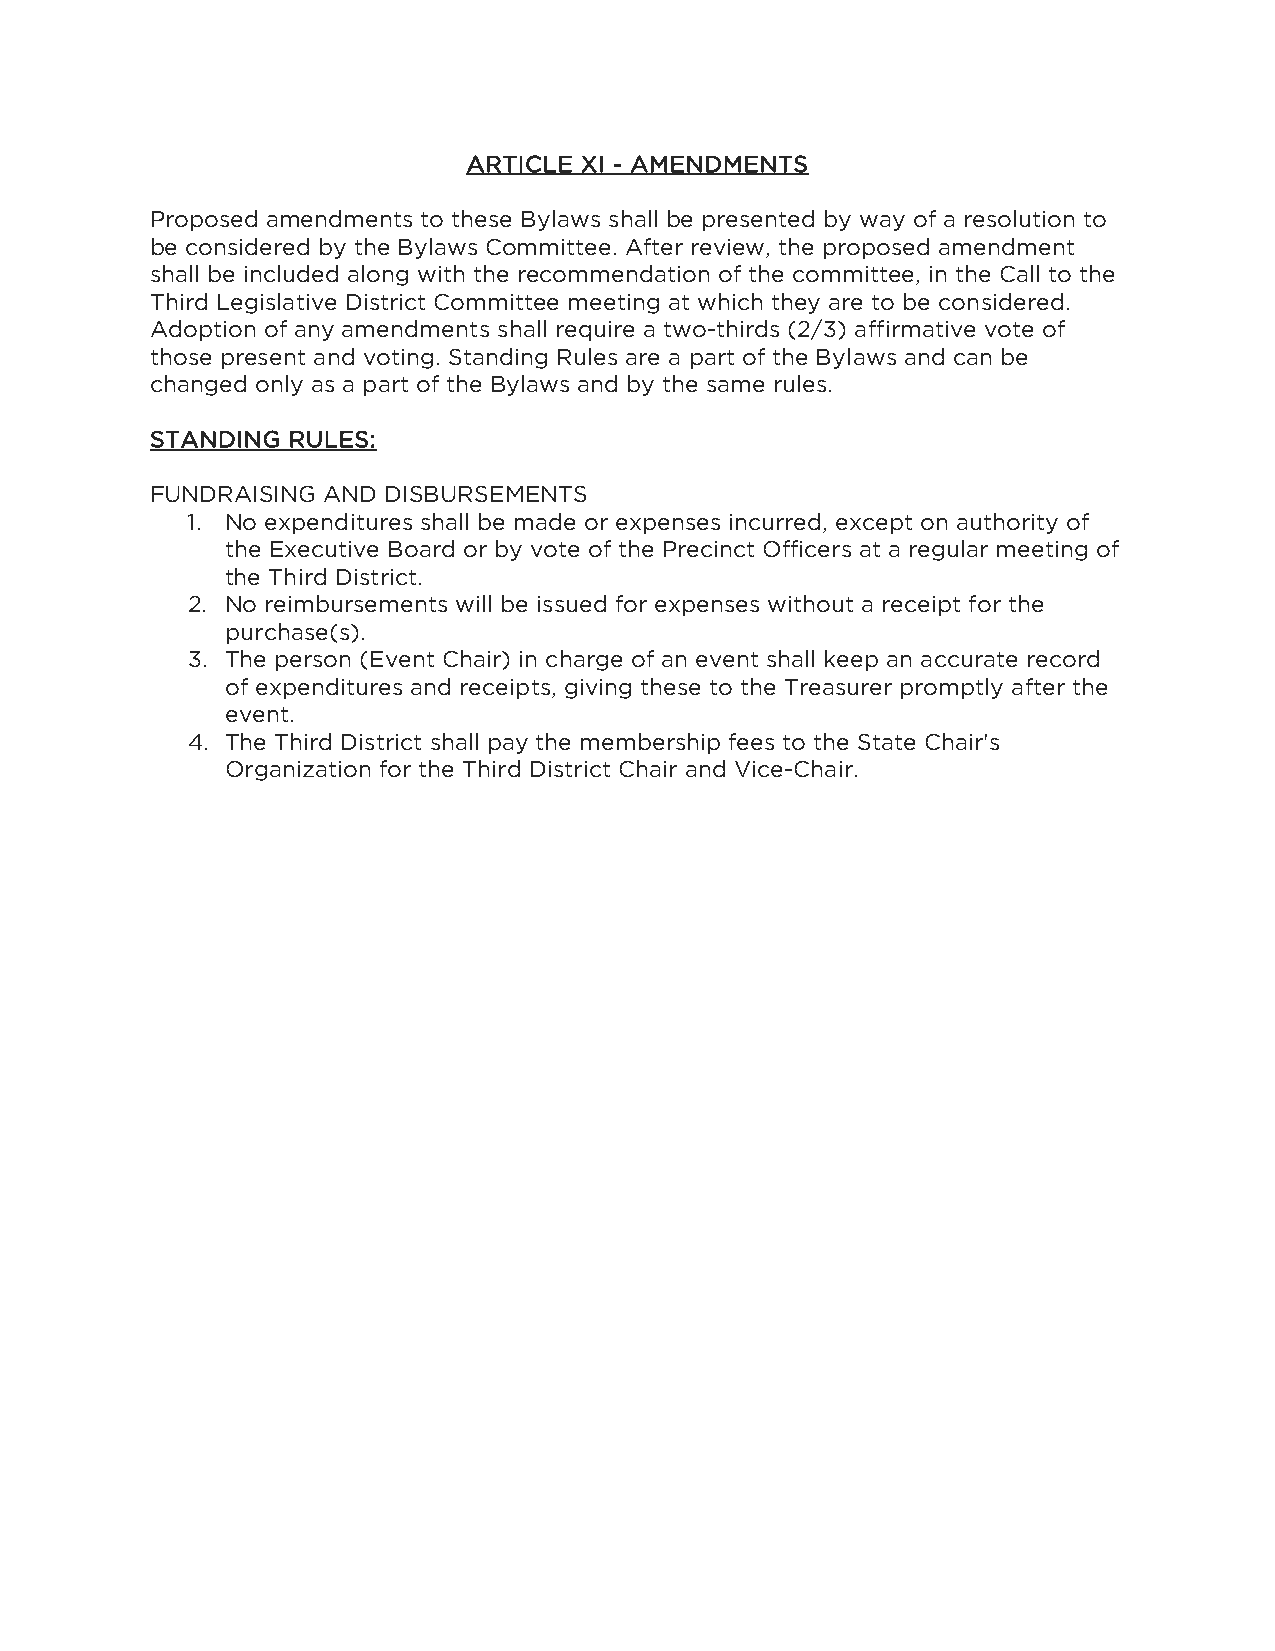
ARTICLE XI - AMENDMENTS
 Proposed amendments to these Bylaws shall be presented by way of a resolution to
 be considered by the Bylaws Committee. After review, the proposed amendment
 shall be included along with the recommendation of the committee, in the Call to the
 Third Legislative District Committee meeting at which they are to be considered.
 Adoption of any amendments shall require a two-thirds (2/3) affirmative vote of
 those present and voting. Standing Rules are a part of the Bylaws and can be
 changed only as a part of the Bylaws and by the same rules.
 STANDING RULES:
 FUNDRAISING AND DISBURSEMENTS
 1. No expenditures shall be made or expenses incurred, except on authority of
 the Executive Board or by vote of the Precinct Officers at a regular meeting of
 the Third District.
 2. No reimbursements will be issued for expenses without a receipt for the
 purchase(s).
 3. The person (Event Chair) in charge of an event shall keep an accurate record
 of expenditures and receipts, giving these to the Treasurer promptly after the
 event.
 4. The Third District shall pay the membership fees to the State Chair's
 Organization for the Third District Chair and Vice-Chair.